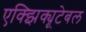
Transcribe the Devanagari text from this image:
एक्झिक्यूटेबल